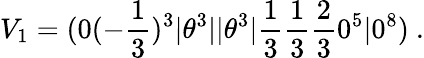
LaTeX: V_{1}=(0(-{\frac{1}{3}})^{3}\vert\theta^{3}\vert\vert\theta^{3}\vert{\frac{1}{3}}{\frac{1}{3}}{\frac{2}{3}}0^{5}\vert 0^{8})~.